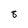
Character: 8